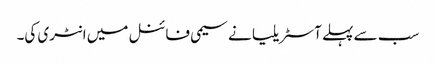
سب سے پہلے آسٹریلیا نے سیمی فائنل میں انٹری کی۔